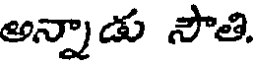
అన్నాడు సౌతి.